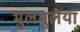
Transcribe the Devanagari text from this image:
भुलभुलैया